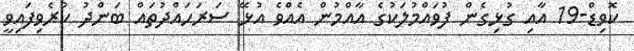
ކޮވިޑް-19 އާއި ގުޅިގެން ފުވައްމުލަކުގެ އާއްމުން އެއްވެ އުޅޭ ސަރަހައްދުތައް ބަންދު ކުރެވިފައިވީ